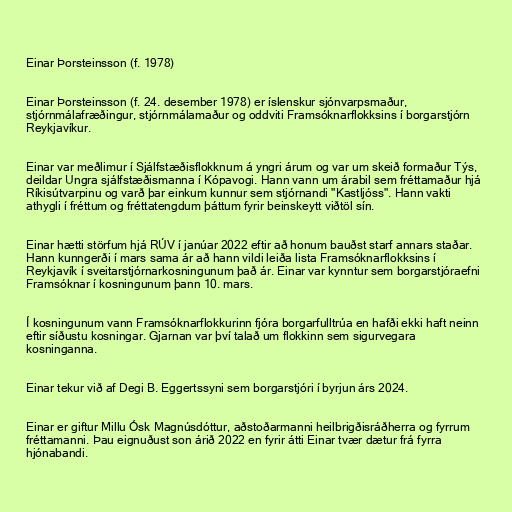
Einar Þorsteinsson (f. 1978)

Einar Þorsteinsson (f. 24. desember 1978) er íslenskur sjónvarpsmaður,
stjórnmálafræðingur, stjórnmálamaður og oddviti Framsóknarflokksins í borgarstjórn
Reykjavíkur.

Einar var meðlimur í Sjálfstæðisflokknum á yngri árum og var um skeið formaður Týs,
deildar Ungra sjálfstæðismanna í Kópavogi. Hann vann um árabil sem fréttamaður hjá
Ríkisútvarpinu og varð þar einkum kunnur sem stjórnandi "Kastljóss". Hann vakti
athygli í fréttum og fréttatengdum þáttum fyrir beinskeytt viðtöl sín.

Einar hætti störfum hjá RÚV í janúar 2022 eftir að honum bauðst starf annars staðar.
Hann kunngerði í mars sama ár að hann vildi leiða lista Framsóknarflokksins í
Reykjavík í sveitarstjórnarkosningunum það ár. Einar var kynntur sem borgarstjóraefni
Framsóknar í kosningunum þann 10. mars.

Í kosningunum vann Framsóknarflokkurinn fjóra borgarfulltrúa en hafði ekki haft neinn
eftir síðustu kosningar. Gjarnan var því talað um flokkinn sem sigurvegara
kosninganna.

Einar tekur við af Degi B. Eggertssyni sem borgarstjóri í byrjun árs 2024.

Einar er giftur Millu Ósk Magnúsdóttur, aðstoðarmanni heilbrigðisráðherra og fyrrum
fréttamanni. Þau eignuðust son árið 2022 en fyrir átti Einar tvær dætur frá fyrra
hjónabandi.